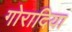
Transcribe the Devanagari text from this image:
गोरादिया